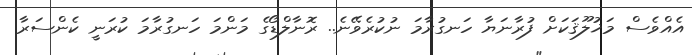
އެއްވެސް މަޚުލޫޤަކަށް ފުރާނަޔާ ހަނގުރާމަ ނުކުރެވޭނެ.. ރޮނާލްޑޯގެ މަންމަ ހަނގުރާމަ ކުރަނީ ކެންސަރާ